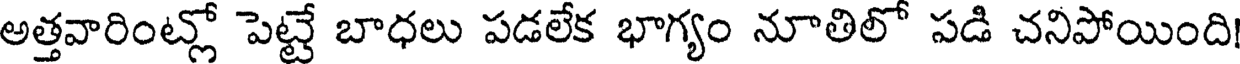
అత్తవారింట్లో పెట్టే బాధలు పడలేక భాగ్యం నూతిలో పడి చనిపోయింది